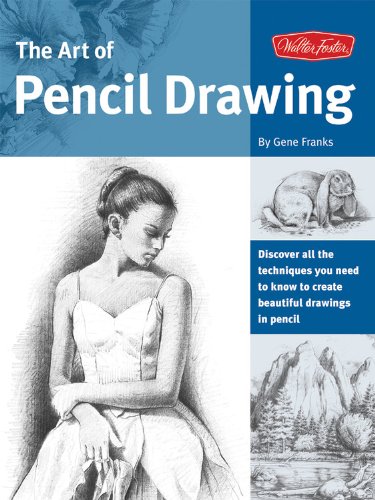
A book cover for The Art of Pencil Drawing: Learn how to draw realistic subjects with pencil (Collector's Series); Gene Franks; Arts & Photography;